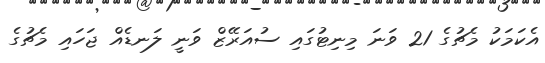
އެކަމަކު މެޗުގެ 21 ވަނަ މިނިޓުގައި ސުއަރޭޒް ވަނީ ލަނޑެއް ޖަހައި މެޗުގެ